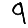
Digit: 9